Vaccination in Bombay 1889-1901 - 1889-1901
Year: 1889
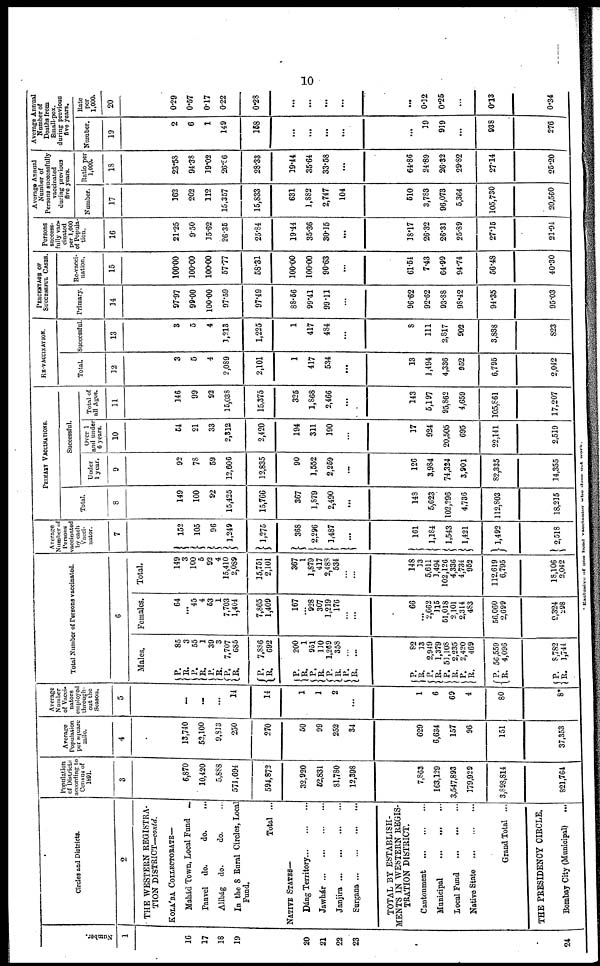
10
Number.
1
16
17
18
19
20
21
22
23
24
Circles and Districts.
2
THE WESTERN REGISTRA-
TION DISTRICT—contd.
KOLA'BA COLLECTORATE—
Mahád Town, Local Fund
-
Panvel do.
do.
...
Alibág do.
do. ...
In the 8 Rural Circles, Local
Fund.
Total ...
NATIVE STATES—
Dáng Territory ... ... ...
Jawhár
...
...
...
...
Janjira
...
...
...
...
Surgana
...
...
...
...
TOTAL BY ESTABLISH-
MENTS IN WESTERN REGIS-
TRATION DISTRICT.
Cantonment
...
...
...
Municipal
...
...
...
Local Fund
...
...
...
Native State
...
...
...
Grand Total ...
THE PRESIDENCY CIRCLE.
Bombay City (Municipal)
...
Population
of Districts
according to
Census of
1891.
3
6,870
10,420
5,888
571,694
594,872
32,920
52,831
81,780
12 398
7,863
163,129
3,547,893
179,929
3,898,814.
821,764
Average
Population
per square
mile.
4
13,740
52,100
9,813
250
270
50
99
252
34
629
6,634
157
96
151
37,353
Average
Number
of Vacci-
nators
employee
through-
out the
Season.
5
...
...
...
14
14
1
1
2
...
1
6
69
4
80
8*
Total Number of Persons vaccinated.
6
Males,
P.
R.
P.
R.
P.
R.
P.
R.
P. R.
P.
R.
P.
R.
P.
R. P.
R.
P.
R.
P.
R. P.
R. P.
R.
P.
R.
P.
R.
85
3
55
1
39
3
7,707
685
7,886
692
200
1
951
110
1,269
358
...
...
82
13
2,949
1,379
51,108
2,235
2,420
469
56,559
4,096
8,782
1,744
Females.
64
...
45
4
53
1
7,703
1,404
7,865
1,409
167
...
928
307
1,219
176
...
...
66
...
2,662
115
51,018
2,101
2,314
483
56,060
2,699
9,324
298
Total.
149
3
100
5
92
4
15,410
2,089
15,751
2,101
367
1
1,879
417
2,488
534
...
...
148
33
5,611
3,494
102,126
4,336
4,734
952
112,619
6,795
18,106
2,042
Average
Number of
Persons
vaccinated
by each
Vacci-
nator.
7
152
105
96
1,249
1,275
368
2,296
1,487
...
161
1,184
1,543
1,421
1,492
2,518
PRIMARY VACCINATIONS.
Total.
8
149
100
92
15,425
15,766
367
1,879
2,490
...
148
5,623
102,296
4,736
12,803
18,215
Successful.
Under
1 year.
9
92
78
59
12,606
12,835
90
1,552
2,259
...
126
3,984
74,324
3,901
82,335
14,355
Over 1
and under
6 years.
10
54
21
33
2,312
2,420
194
311
190
...
17
924
20,505
695
22,141
2,519
Total of
all Ages.
11
146
99
92
15,038
15,375
325
1,868
2,466
...
143
5,197
95,862
4,659
105,861
17,207
RE-VACCINATION.
Total.
12
3
5
4
2,089
2,101
1
417
534
...
13
1,494
4,336
952
6,795
2,042
Successful.
13
3
5
4
1,213
1,225
1
417
484
...
8
111
2,817
902
3,838
823
PERCENTAGE OF
SUCCESSFUL CASES.
Primary.
14
97.97
99.00
100.00
97.59
97.49
88.56
99.41
99.11
...
96.62
92.62
93.88
98.42
94.35
95.03
Re-vacci-
nation.
15
100.00
100.00
100.00
57.77
58.31
100.00
100.00
90.63
...
61.54
7.43
64.99
94.74
56.48
40.30
Persons
success-
fully vac-
cinated
per 1,000
of Popula-
tion.
16
21.25
9.50
15.62
26.35
25.84
19.44
35.36
30.15
...
18.17
26.32
26.31
25.89
27.15
21.94
Average Annual
Number of
Persons successfully
vaccinated
during previous
five years.
Number.
17
162
202
112
15,357
15,833
631
1,882
2,747
104
510
3,783
96,073
5,364
105,730
20,560
Ratio per
1,000.
18
23.58
94.38
19.02
26.86
28.33
39.44
35.64
33.58
...
64.86
24.89
26.32
29.82
27.14
25.20
Average Annual
Number of
Deaths from
Small-pox.
during previous
five years.
Number.
19
2
6
1
149
158
...
...
...
...
...
39
919
...
938
276
Rate
per
1,000.
20
0.29
0.57
0.17
0.22
0.28
...
...
...
...
...
0.12
0.25
...
0.13
0.34
* Exclusive of one head vaccinator
who does not work.